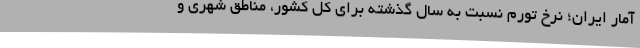
آمار ایران؛ نرخ تورم نسبت به سال گذشته برای کل کشور، مناطق شهری و